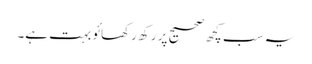
یہ سب کچھ صحیح پر رکھ رکھائو بہت ہے۔